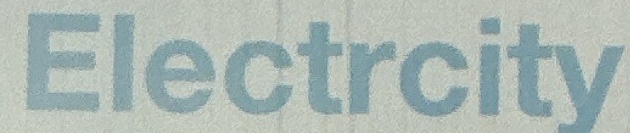
Electrcity